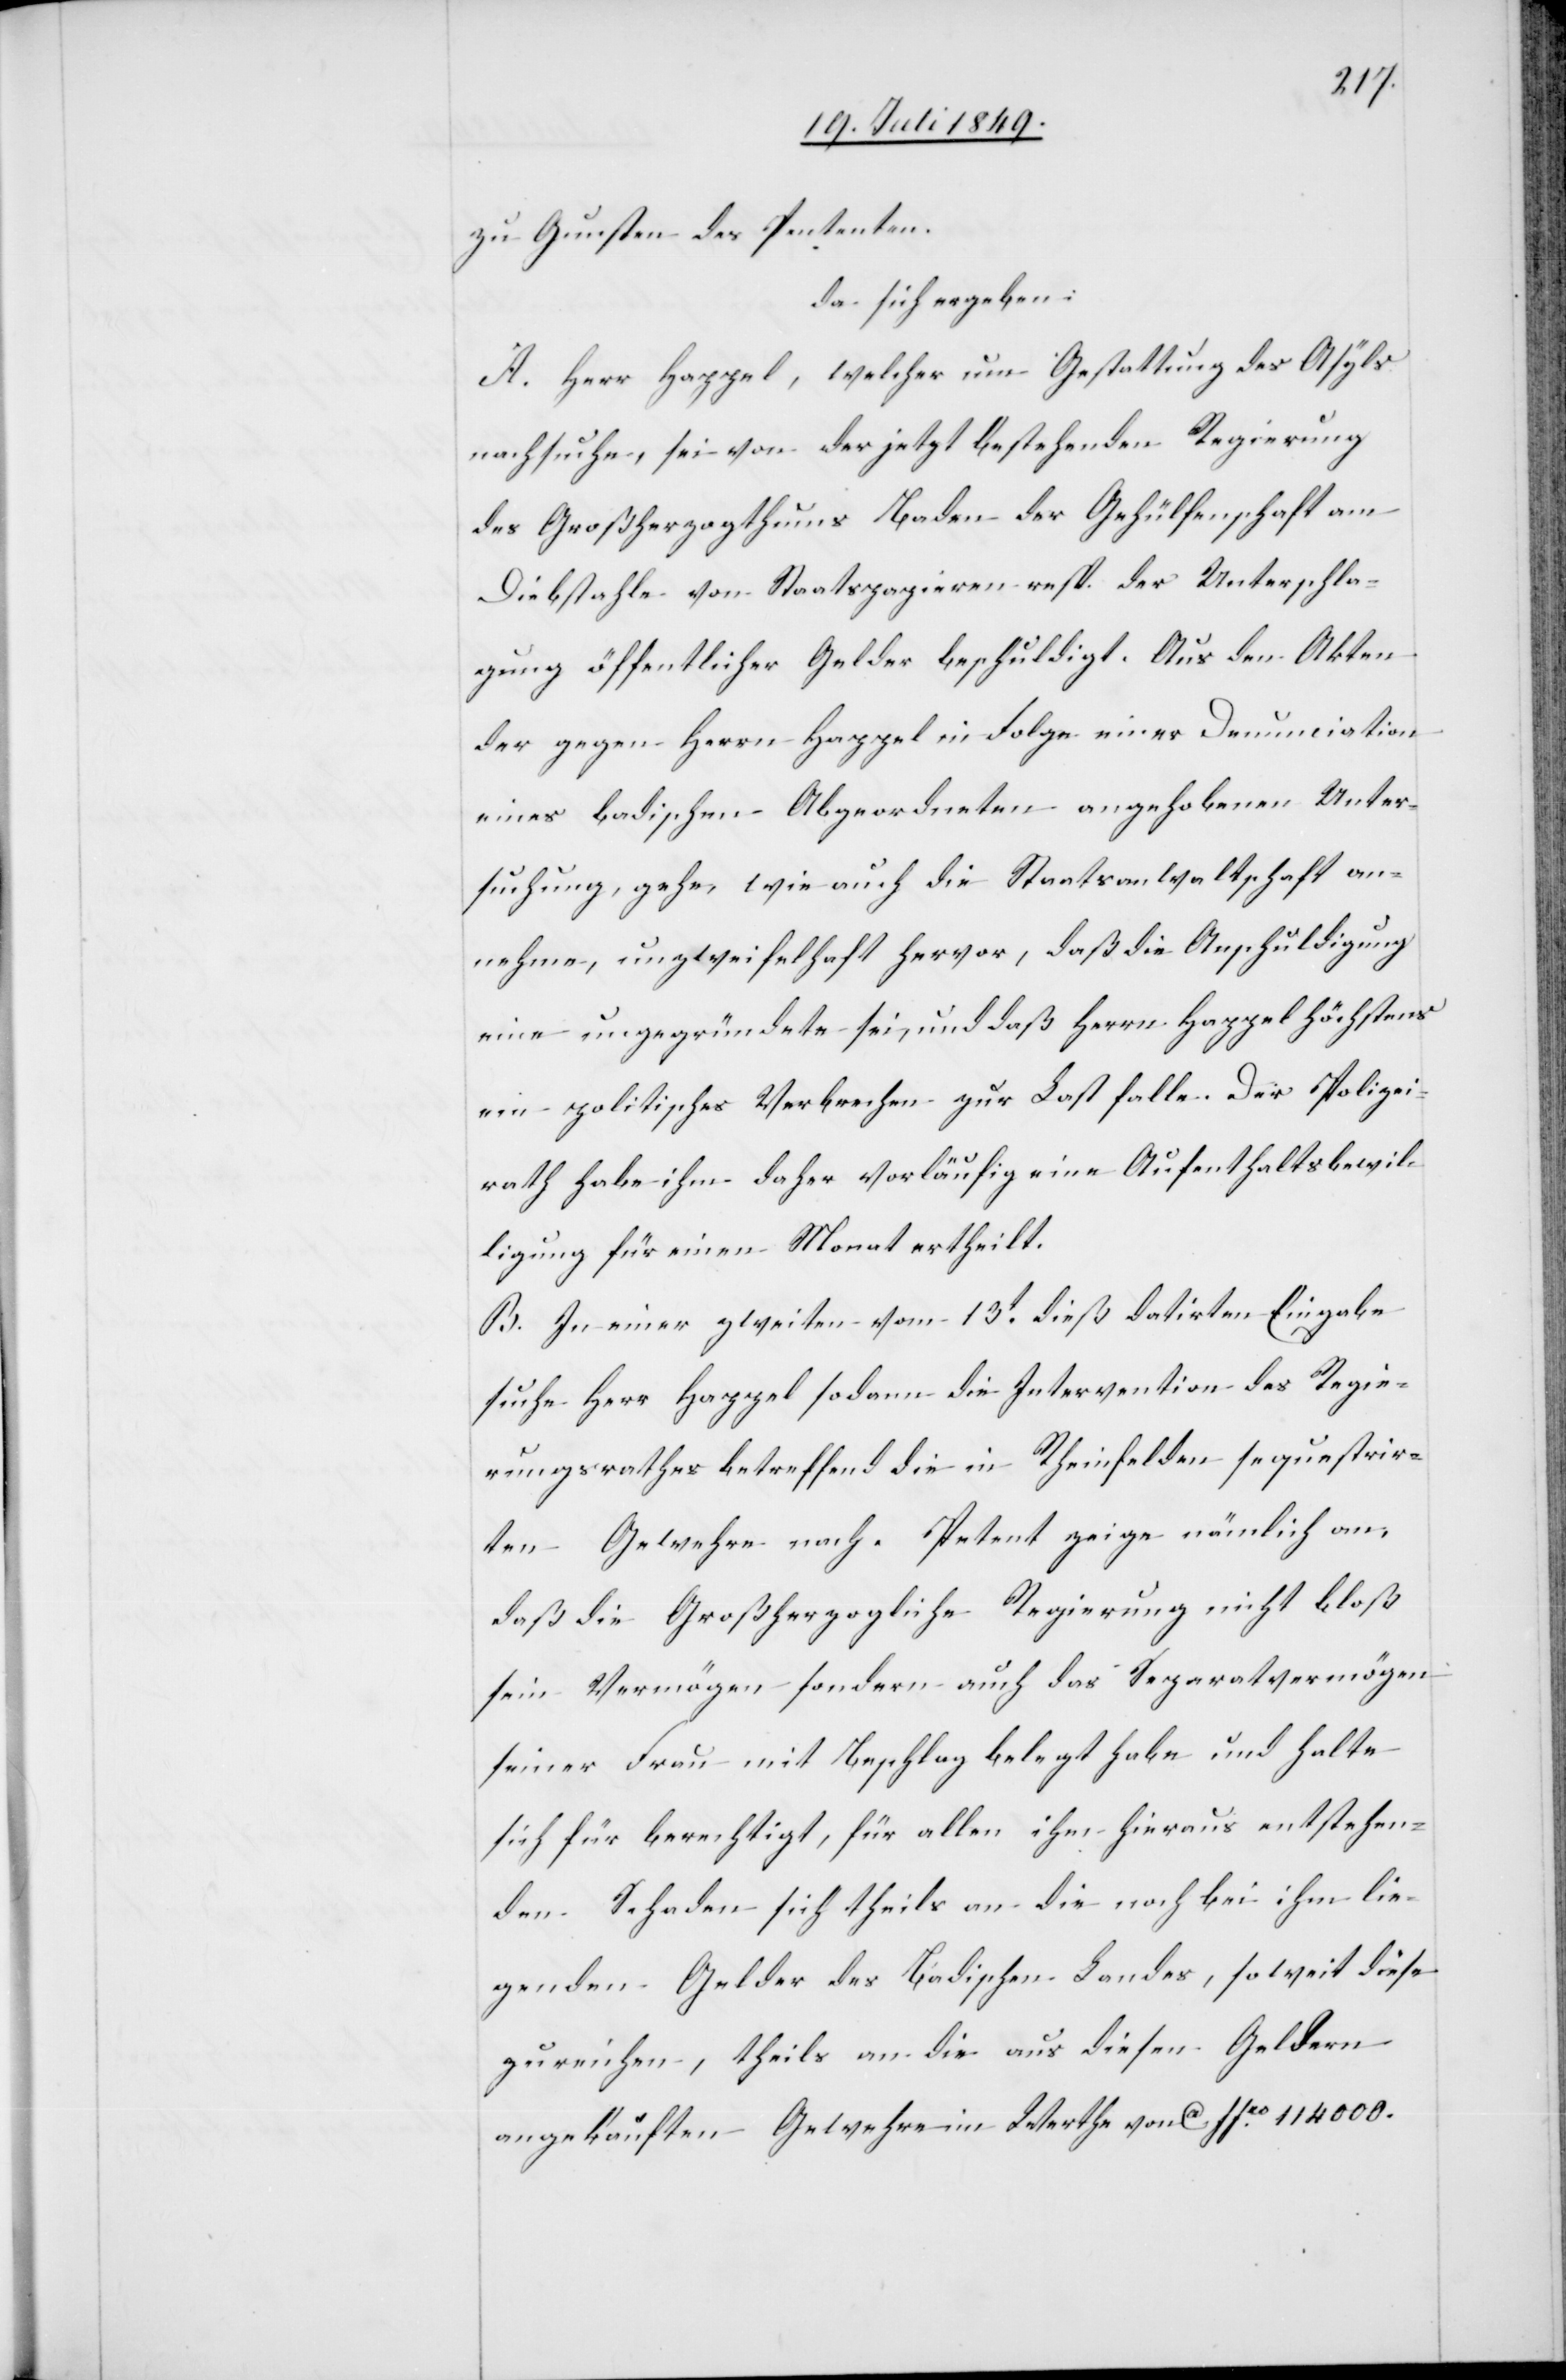
zu Gunsten des Petenten.
da sich ergeben:
A. Herr Happel, welcher um Gestattung des Asyls
nachsuche, sei von der jetzt bestehenden Regierung
des Großherzogthums Baden der Gehülfenschaft am
Diebstahle von Staatspapieren resp. der Unterschla¬
gung öffentlicher Gelder beschuldigt. Aus den Akten
der gegen Herrn Happel in Folge einer Denunciation
eines badischen Abgeordneten angehobenen Unter¬
suchung, gehe, wie auch die Staatsanwaltschaft an¬
nehme, unzweifelhaft hervor, daß die Anschuldigung
eine ungegründete sei, und daß Herrn Happel höchstens
ein politisches Verbrechen zur Last falle. Der Polizei¬
rath habe ihm daher vorläufig eine Aufenthaltsbewil¬
ligung für einen Monat ertheilt.
B. In einer zweiten vom 13t dieß datirten Eingabe
suche Herr Happel sodann die Intervention des Regie¬
rungsrathes betreffend die in Rheinfelden sequestrir¬
ten Gewehre nach. Petent zeige nämlich an,
daß die Großherzogliche Regierung nicht bloß
sein Vermögen sondern auch das Separatvermögen
seiner Frau mit Beschlag belegt habe und halte
sich für berechtigt, für allen ihm hieraus entstehen¬
den Schaden sich theils an die noch bei ihm lie¬
genden Gelder des Badischen Landes, soweit diese
zureichen, theils an die aus diesen Geldern
angekauften Gewehre im Werthe von ca ffcs 114 000.